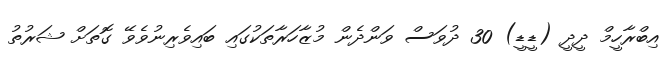
އިބްރާހީމް ދީދީ (ޑީޑީ) 30 ދުވަސް ވަންދެން މުޒާހަރާތަކުގައި ބައިވެރިނުވެވޭ ގޮތަށް ޝަރުތު